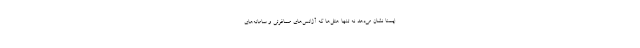
ایسنا نشان می‌دهد نه تنها هتل‌ها که آژانس‌های مسافرتی و سامانه‌های